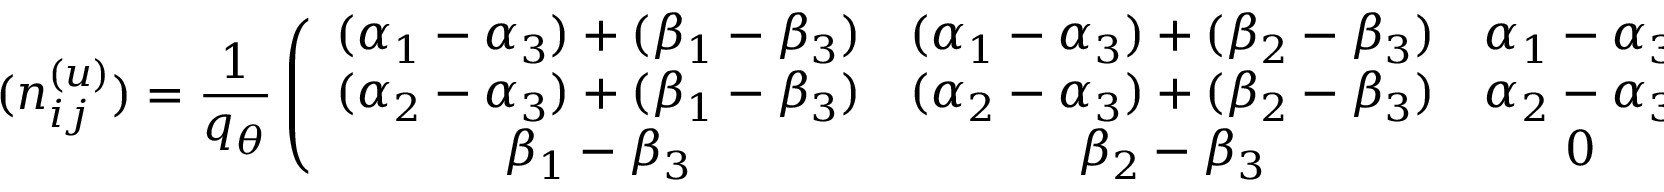
( n _ { i j } ^ { ( u ) } ) = \frac { 1 } { q _ { \theta } } \left( \begin{array} { c c c } { { ( \alpha _ { 1 } - \alpha _ { 3 } ) + ( \beta _ { 1 } - \beta _ { 3 } ) } } & { { ( \alpha _ { 1 } - \alpha _ { 3 } ) + ( \beta _ { 2 } - \beta _ { 3 } ) } } & { { \alpha _ { 1 } - \alpha _ { 3 } } } \\ { { ( \alpha _ { 2 } - \alpha _ { 3 } ) + ( \beta _ { 1 } - \beta _ { 3 } ) } } & { { ( \alpha _ { 2 } - \alpha _ { 3 } ) + ( \beta _ { 2 } - \beta _ { 3 } ) } } & { { \alpha _ { 2 } - \alpha _ { 3 } } } \\ { { \beta _ { 1 } - \beta _ { 3 } } } & { { \beta _ { 2 } - \beta _ { 3 } } } & { { 0 } } \end{array} \right)